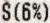
S(6%)